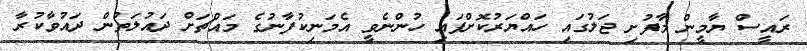
ރައީސް ޔާމީން މާފުށި ޖަލުގައި ހައްޔަރުކޮށްފައި ހުންނެވީ އެމަނިކުފާނުގެ މައްޗަށް ދައުލަތުން ދައުވާކުރާ